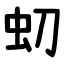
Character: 虭